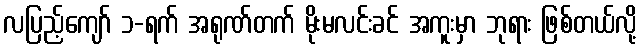
လပြည့်ကျော် ၁-ရက် အရုဏ်တက် မိုးမလင်းခင် အကူးမှာ ဘုရား ဖြစ်တယ်လို့